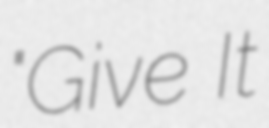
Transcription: "Give It